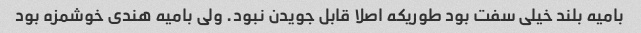
بامیه بلند خیلی سفت بود طوریکه اصلا قابل جویدن نبود. ولی بامیه هندی خوشمزه بود